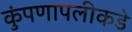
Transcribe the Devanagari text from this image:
कुंपणापलीकडे